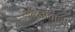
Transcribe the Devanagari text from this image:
धारितावाली